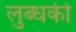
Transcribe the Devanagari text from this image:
लुब्धकी